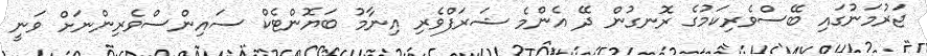
ޖަރުމަނުގައި ބޭސްވެރިކަމުގެ ރޮނގުން ދޭ އެންމެ ޝަރަފްވެރި އިނާމު ބަޔޮންޓެކް ސައިންސްވެރިންނަށް ވަނީ